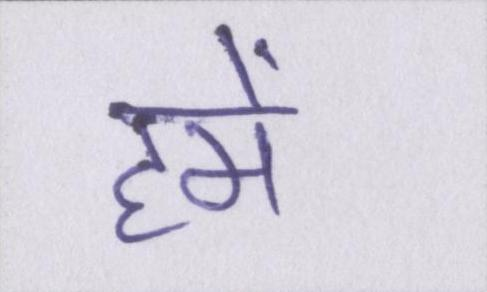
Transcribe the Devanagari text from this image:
हमें